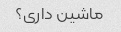
ماشین داری؟